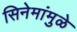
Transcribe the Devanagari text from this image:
सिनेमांमुळे